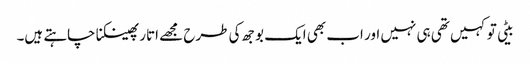
بیٹی تو کہیں تھی ہی نہیں اور اب بھی ایک بوجھ کی طرح مجھے اتار پھینکنا چاہتے ہیں۔